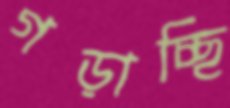
গড়াচ্ছি